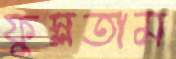
ফুস্‌লতাম